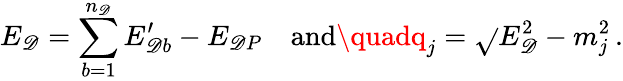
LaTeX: E_{\mathscr{D}}=\sum_{b=1}^{n_{\mathscr{D}}}E_{\mathscr{D}b}^{\prime}-E_{\mathscr{D}P}\quad\mathrm{{and}}\quadq_{j}=\sqrt{}{{E_{\mathscr{D}}^{2}-m_{j}^{2}}}\, .